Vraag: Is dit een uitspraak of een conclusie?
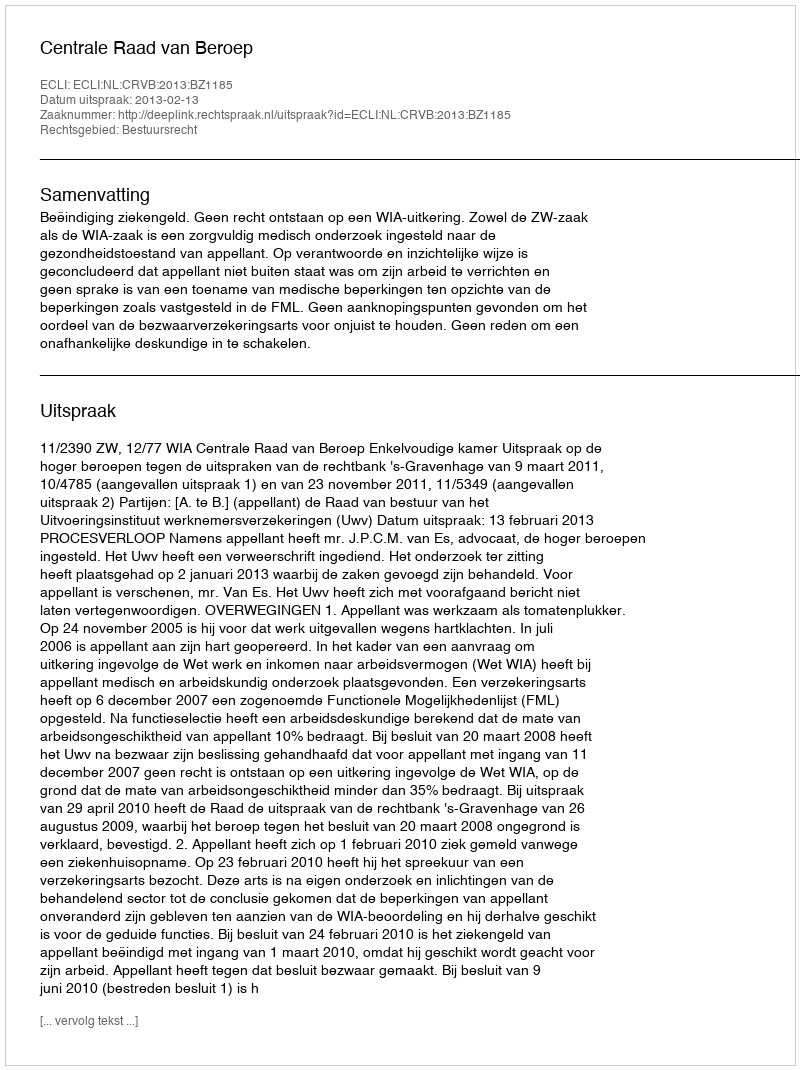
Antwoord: Uitspraak